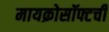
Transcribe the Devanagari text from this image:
मायक्रोसॉफ्टची